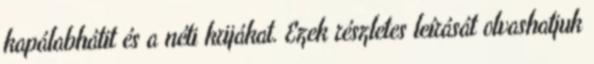
kapálabhátit és a néti krijákat. Ezek részletes leírását olvashatjuk